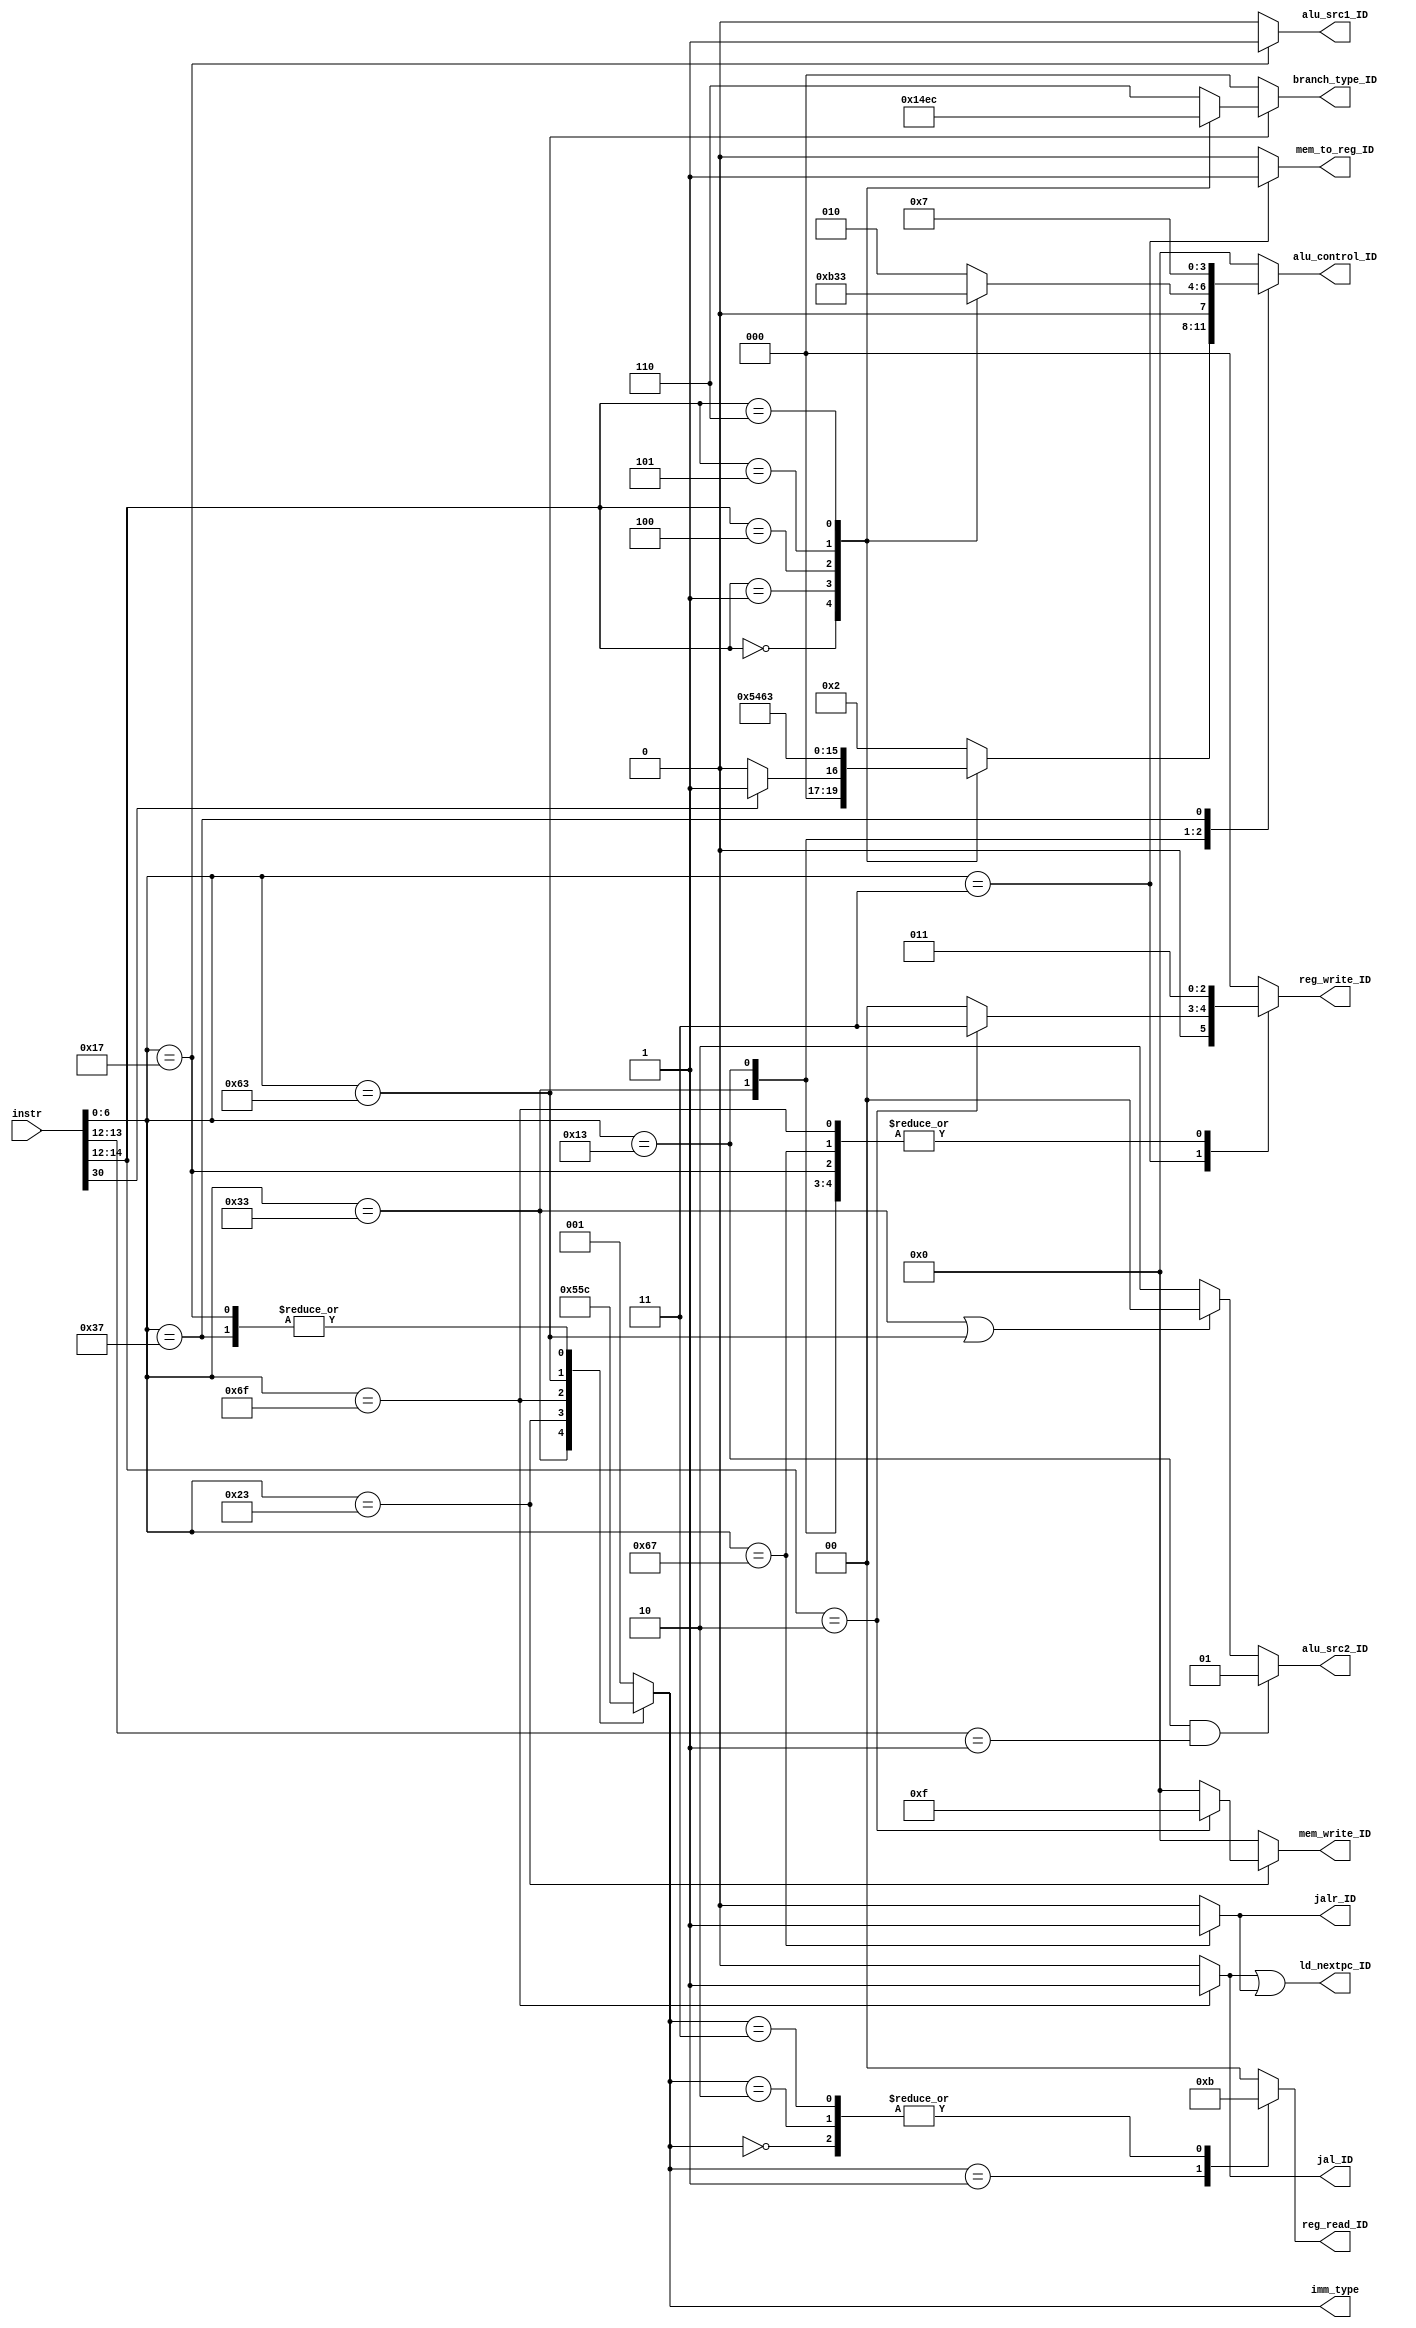
module control1(
            input [31:0] instr,
            output wire jal_ID,
            output wire jalr_ID,
            output reg [2: 0] reg_write_ID,
            output wire mem_to_reg_ID, 
            output reg [3: 0] mem_write_ID,
            output reg [1: 0] reg_read_ID,
            output reg [2: 0] branch_type_ID,
            output reg [3: 0] alu_control_ID,
            output wire [1: 0] alu_src2_ID,
            output wire alu_src1_ID,
            output wire ld_nextpc_ID,
            output reg [2: 0] imm_type          
);
localparam RTYPE = 3'd0;
localparam ITYPE = 3'd1;
localparam STYPE = 3'd2;
localparam BTYPE = 3'd3;
localparam UTYPE = 3'd4;
localparam JTYPE = 3'd5;

localparam NOBRANCH = 3'd0;
localparam BEQ = 3'd1;
localparam BNE = 3'd2;
localparam BLT = 3'd3;
localparam BLTU = 3'd4;
localparam BGE = 3'd5;
localparam BGEU = 3'd6; 

localparam ADD = 4'd0;
localparam SUB = 4'd1;
localparam AND = 4'd2;
localparam OR = 4'd3;
localparam XOR = 4'd4;
localparam SLL = 4'd5;
localparam SRL = 4'd6;
localparam LUI = 4'd7; 

localparam NOREGWRITE = 3'b0;	
localparam LB  = 3'd1;			
localparam LH  = 3'd2;		
localparam LW  = 3'd3;	
localparam LBU = 3'd4;			
localparam LHU = 3'd5;

localparam  OP_R = 7'b0110011,
            OP_LOAD = 7'b0000011,
            OP_I = 7'b0010011,
            OP_STORE = 7'b0100011,
            OP_JAL = 7'b1101111, 
            OP_JALR = 7'b1100111,
            OP_BRANCH = 7'b1100011,
            OP_AUIPC = 7'b0010111,
            OP_LUI = 7'b0110111;

wire [6:0] op, fn7;
wire [2:0] fn3;
wire [4:0] rs1, rs2, rd;
reg [1: 0] alu_src2_ID_reg;


assign {fn7, rs2, rs1, fn3, rd, op} = instr;
assign jal_ID = (op == OP_JAL) ? 1'b1:1'b0;
assign jalr_ID = (op == OP_JALR) ? 1'b1:1'b0;
assign mem_to_reg_ID = (op == OP_LOAD) ? 1'b1:1'b0;
assign ld_nextpc_ID = jal_ID | jalr_ID ;

assign alu_src1_ID = (op == OP_AUIPC) ? 1'b1:1'b0;
assign alu_src2_ID = alu_src2_ID_reg;
always @( * ) begin
    if ((op == OP_I) && (fn3[1:0] == 2'b01))//slli, srli, sral
        alu_src2_ID_reg <= 2'b01;
    else if ((op == OP_R) || (op == OP_BRANCH) )//R-type or beq type
        alu_src2_ID_reg <= 2'b00 ;
    else//loadi addi subi lui, auipc...
        alu_src2_ID_reg <= 2'b10;
end


always @( * ) begin
    if (op == OP_BRANCH)
    begin
        case (fn3)
            3'b000:
                branch_type_ID <= BEQ;     //BEQ
            3'b001:
                branch_type_ID <= BNE;     //BNE
            3'b100:
                branch_type_ID <= BLT;     //BLT
            3'b101:
                branch_type_ID <= BGE;     //BGE
            3'b110:
                branch_type_ID <= BLTU;    //BLTU
            default:
                branch_type_ID <= BGEU;    //BGEU
        endcase
    end
    else
    begin
        branch_type_ID <= NOBRANCH;
    end
end

always@( * ) begin
  case (op)
    OP_R:
    begin
        reg_write_ID <= LW;
        mem_write_ID <= 4'b0000;
        imm_type <= RTYPE;
        case (fn3)
            3'b000:
            begin
                if (fn7[5] == 1)
                    alu_control_ID <= SUB;   //SUB
                else
                    alu_control_ID <= ADD;   //ADD
            end
            3'b001:
                alu_control_ID <= SLL;   //SLL
            3'b100:
                alu_control_ID <= XOR;   //XOR
            3'b101:
                alu_control_ID <= SRL;   //SRL
            3'b110:
                alu_control_ID <= OR;    //OR
            default:
                alu_control_ID <= AND;    //AND
        endcase
    end
    OP_I:
    begin
        reg_write_ID <= LW;
        mem_write_ID <= 4'b0000;
        imm_type <= ITYPE;
        case (fn3)
            3'b000:
                alu_control_ID <= ADD;  //ADDI
            3'b001:
                alu_control_ID <= SLL;  //SLLI
            3'b100:
                alu_control_ID <= XOR;    //XORI
            3'b101:
                alu_control_ID <= SRL;   //SRLI
            3'b110:
                alu_control_ID <= OR;   //ORI
            default:
                alu_control_ID <= AND;    //ANDI
        endcase
    end
    OP_LOAD:
    begin    //load
        mem_write_ID <= 4'b0000;
        alu_control_ID <= ADD;
        imm_type <= ITYPE;
        case (fn3)
            3'b010:
                reg_write_ID <= LW;     //LW

            default:
                reg_write_ID <= NOREGWRITE;
        endcase
    end
     OP_STORE :
    begin    //store
        reg_write_ID <= NOREGWRITE;
        alu_control_ID <= ADD;
        imm_type <= STYPE;
        case (fn3)
            3'b010:
                mem_write_ID <= 4'b1111;   //SW
            default: 
                mem_write_ID <= 4'b0000;
        endcase
    end
    OP_JAL:
    begin    //jal
        reg_write_ID <= LW;
        mem_write_ID <= 4'b0000;
        alu_control_ID <= ADD;
        imm_type <= JTYPE;
    end
    OP_JALR:
    begin    //jalr
        reg_write_ID <= LW;
        mem_write_ID <= 4'b0000;
        alu_control_ID <= ADD;
        imm_type <= ITYPE;
    end
    OP_BRANCH:
    begin    //branch
        reg_write_ID <= NOREGWRITE;
        mem_write_ID <= 4'b0000;
        imm_type <= BTYPE;
        alu_control_ID <= ADD;
    end
    OP_LUI:
    begin    //lui
        reg_write_ID <= LW;
        mem_write_ID<= 4'b0000;
        alu_control_ID <= LUI;
        imm_type <= UTYPE;
    end
    OP_AUIPC:
    begin
        reg_write_ID <= LW;
        mem_write_ID<= 4'b0000;
        alu_control_ID<= ADD;
        imm_type <= UTYPE;
    end
    default:
    begin      
        reg_write_ID <= NOREGWRITE;
        mem_write_ID <= 4'b0000;
        alu_control_ID <= ADD;
        imm_type <= ITYPE;
    end
  endcase
end

always @( * ) begin
    case (imm_type)
        RTYPE:                      //if reg_read[1]==1, 
            reg_read_ID = 2'b11;    //means this instr may use reg_data_out1
        ITYPE:                      //if reg_read[0]==1, 
            reg_read_ID = 2'b10;    //means this instr may use reg_data_out2
        STYPE:
            reg_read_ID = 2'b11;
        BTYPE:
            reg_read_ID = 2'b11;
        UTYPE:
            reg_read_ID = 2'b00;
        JTYPE:
            reg_read_ID = 2'b00;
        default:
            reg_read_ID = 2'b00;
    endcase
end





endmodule